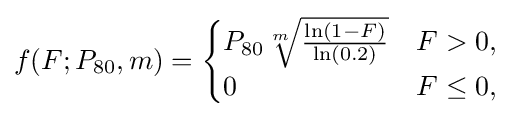
f(F;P_{\rm {80}},m)={\begin{cases}P_{\rm {80}}{\sqrt[{m}]{\frac {\ln(1-F)}{\ln(0.2)}}}&F>0,\\0&F\leq 0,\end{cases}}